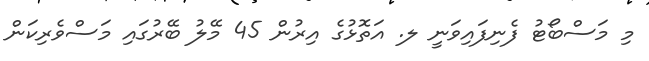
މި މަސްބޯޓު ފެނިފައިވަނީ ލ. އަތޮޅުގެ އިރުން 45 މޭލު ބޭރުގައި މަސްވެރިކަން